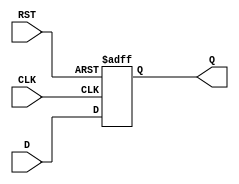
module FlipFlopRegister #(parameter N = 8) (
    input wire [N-1:0] D,     // Data input
    input wire CLK,           // Clock input
    input wire RST,           // Asynchronous reset
    output reg [N-1:0] Q      // Data output
);

// Asynchronous reset and clocking mechanism
always @(posedge CLK or posedge RST) begin
    if (RST) begin
        Q <= {N{1'b0}};        // Reset all bits to 0
    end else begin
        Q <= D;               // Load data on clock edge
    end
end

endmodule